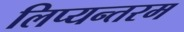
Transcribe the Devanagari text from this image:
लिप्यन्तरम